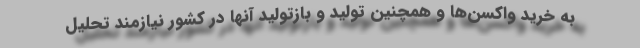
به خرید واکسن‌ها و همچنین تولید و بازتولید آنها در کشور ‌نیازمند تحلیل